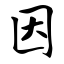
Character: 因